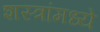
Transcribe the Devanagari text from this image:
शस्त्रांमध्ये